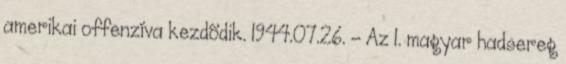
amerikai offenzíva kezdõdik. 1944.07.26. - Az 1. magyar hadsereg